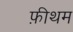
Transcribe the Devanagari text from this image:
फ़ीथम